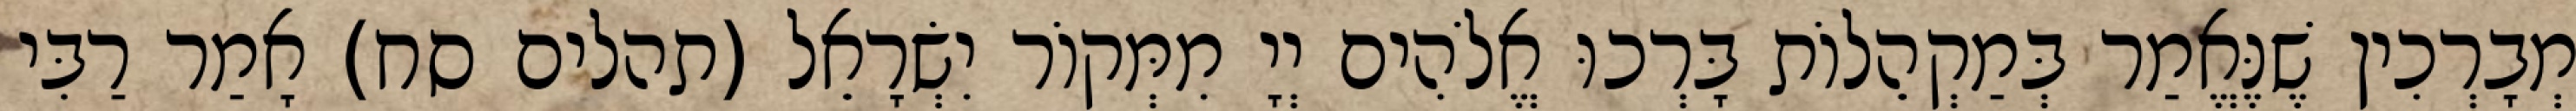
מְבָרְכִין שֶׁנֶּאֱמַר בְּמַקְהֵלוֹת בָּרְכוּ אֱלֹהִים יְיָ מִמְּקוֹר יִשְׂרָאֵל (תהלים סח) אָמַר רַבִּי